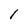
Character: 1